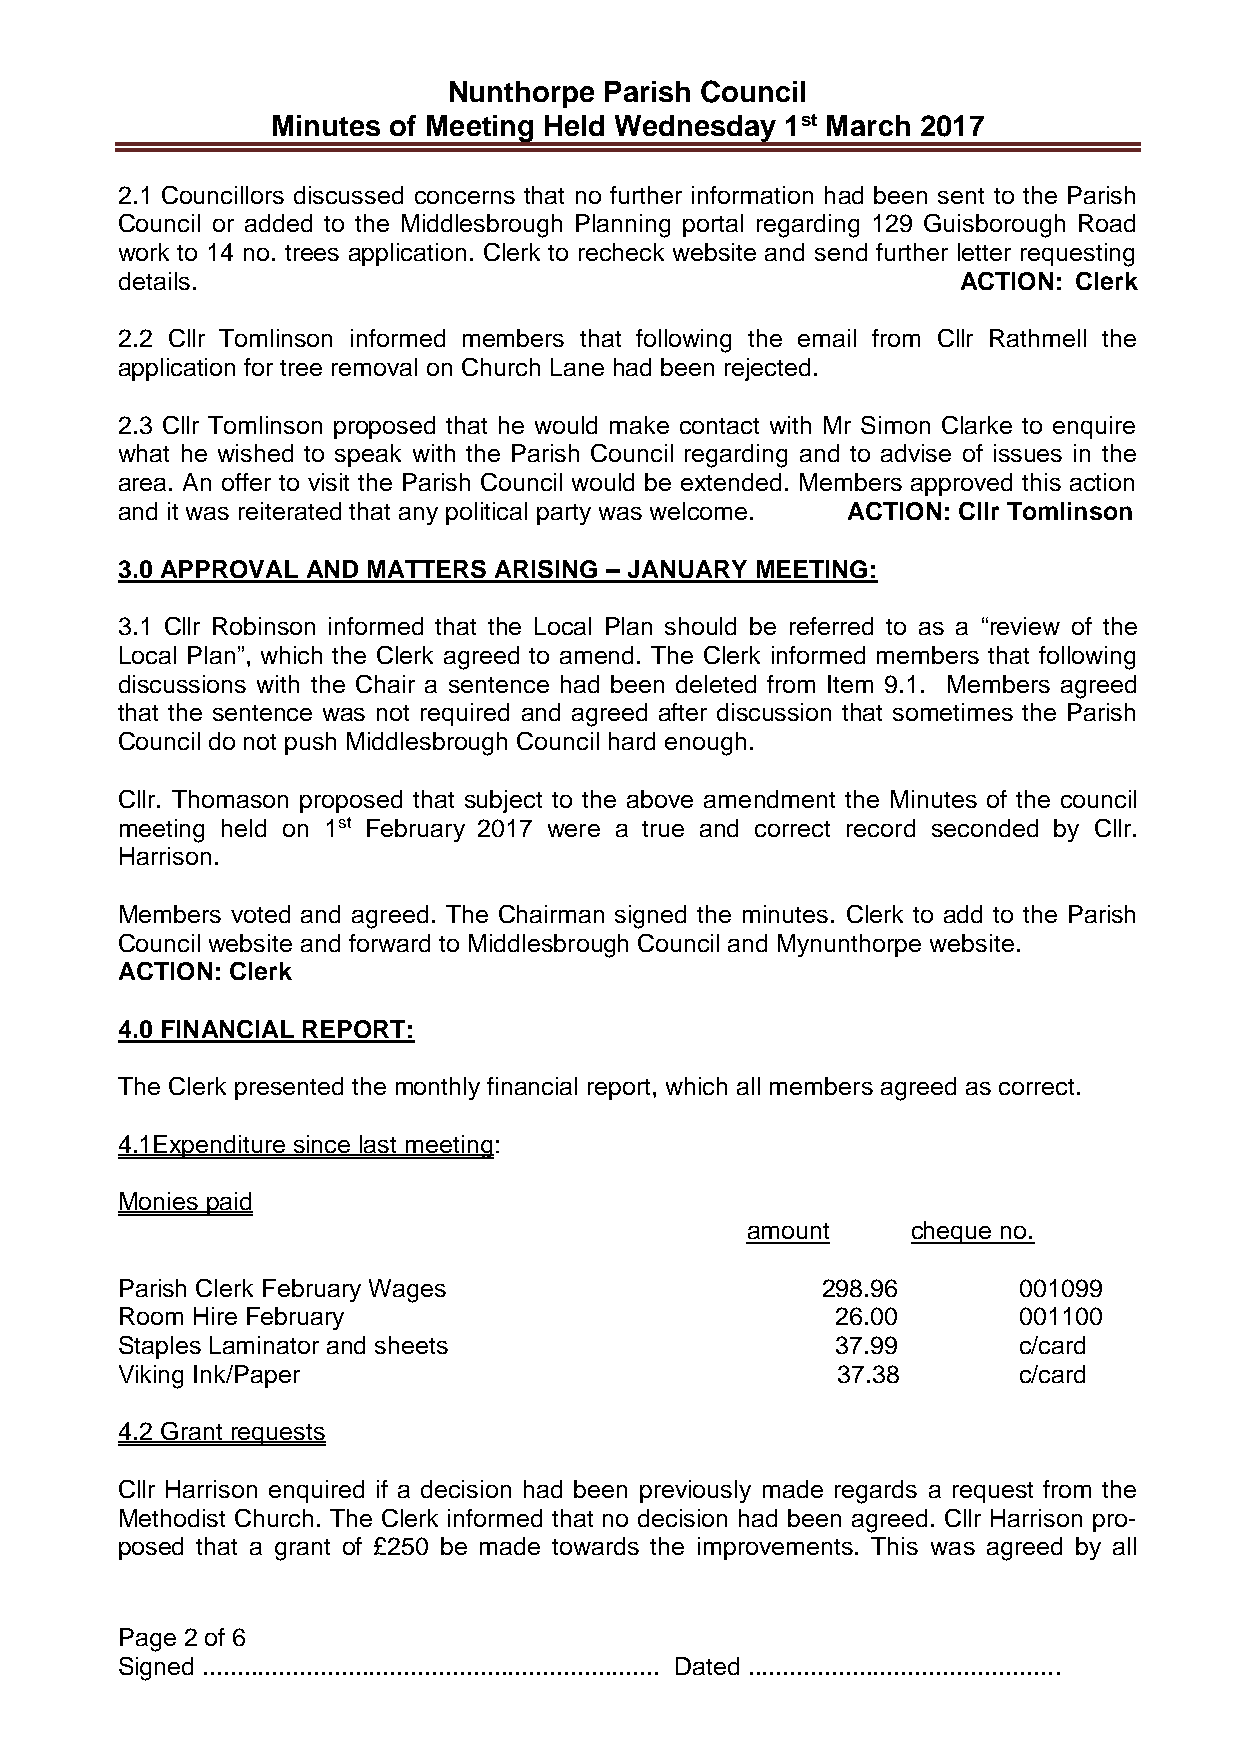
Nunthorpe Parish Council
 Minutes of Meeting Held Wednesday 1st March 2017
 2.1 Councillors discussed concerns that no further information had been sent to the Parish
 Council or added to the Middlesbrough Planning portal regarding 129 Guisborough Road
 work to 14 no. trees application. Clerk to recheck website and send further letter requesting
 details.                                               ACTION: Clerk
 2.2 Cllr Tomlinson informed members that following the email from Cllr Rathmell the
 application for tree removal on Church Lane had been rejected.
 2.3 Cllr Tomlinson proposed that he would make contact with Mr Simon Clarke to enquire
 what he wished to speak with the Parish Council regarding and to advise of issues in the
 area. An offer to visit the Parish Council would be extended. Members approved this action
 and it was reiterated that any political party was welcome. ACTION: Cllr Tomlinson
 3.0 APPROVAL AND MATTERS ARISING – JANUARY MEETING:
 3.1 Cllr Robinson informed that the Local Plan should be referred to as a “review of the
 Local Plan”, which the Clerk agreed to amend. The Clerk informed members that following
 discussions with the Chair a sentence had been deleted from Item 9.1. Members agreed
 that the sentence was not required and agreed after discussion that sometimes the Parish
 Council do not push Middlesbrough Council hard enough.
 Cllr. Thomason proposed that subject to the above amendment the Minutes of the council
 meeting held on 1st February 2017 were a true and correct record seconded by Cllr.
 Harrison.
 Members voted and agreed. The Chairman signed the minutes. Clerk to add to the Parish
 Council website and forward to Middlesbrough Council and Mynunthorpe website.
 ACTION: Clerk
 4.0 FINANCIAL REPORT:
 The Clerk presented the monthly financial report, which all members agreed as correct.
 4.1Expenditure since last meeting:
 Monies paid
 amount     cheque no.
 Parish Clerk February Wages                   298.96       001099
 Room Hire February                             26.00       001100
 Staples Laminator and sheets                   37.99       c/card
 Viking Ink/Paper                               37.38       c/card
 4.2 Grant requests
 Cllr Harrison enquired if a decision had been previously made regards a request from the
 Methodist Church. The Clerk informed that no decision had been agreed. Cllr Harrison pro-
 posed that a grant of £250 be made towards the improvements. This was agreed by all
 Page 2 of 6
 Signed .................................................................. Dated .............................................